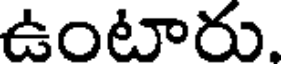
ఉంటారు.